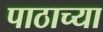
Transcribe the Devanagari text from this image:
पाठाच्या